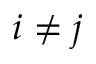
i \neq j